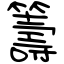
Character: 籌